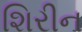
શિરીન